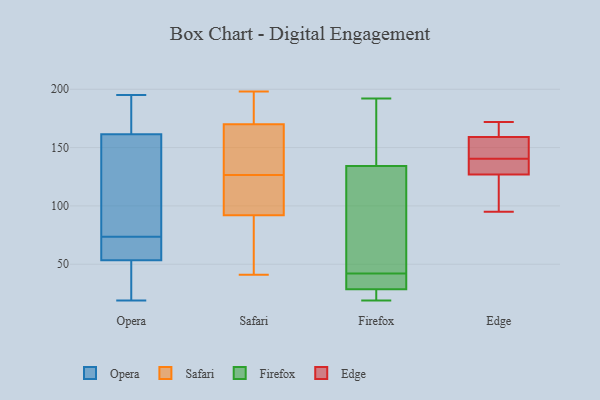
{"axis": {"x": "Budget (USD K)", "y": "Value"}, "legend": ["Edge", "Firefox", "Opera", "Safari"], "data": [{"x": "", "y": 51, "type": "Opera"}, {"x": "", "y": 19, "type": "Opera"}, {"x": "", "y": 191, "type": "Opera"}, {"x": "", "y": 166, "type": "Opera"}, {"x": "", "y": 195, "type": "Opera"}, {"x": "", "y": 157, "type": "Opera"}, {"x": "", "y": 51, "type": "Opera"}, {"x": "", "y": 56, "type": "Opera"}, {"x": "", "y": 70, "type": "Opera"}, {"x": "", "y": 81, "type": "Opera"}, {"x": "", "y": 69, "type": "Opera"}, {"x": "", "y": 65, "type": "Opera"}, {"x": "", "y": 24, "type": "Opera"}, {"x": "", "y": 77, "type": "Opera"}, {"x": "", "y": 70, "type": "Opera"}, {"x": "", "y": 41, "type": "Opera"}, {"x": "", "y": 156, "type": "Opera"}, {"x": "", "y": 176, "type": "Opera"}, {"x": "", "y": 190, "type": "Opera"}, {"x": "", "y": 82, "type": "Opera"}, {"x": "", "y": 127, "type": "Safari"}, {"x": "", "y": 162, "type": "Safari"}, {"x": "", "y": 125, "type": "Safari"}, {"x": "", "y": 97, "type": "Safari"}, {"x": "", "y": 41, "type": "Safari"}, {"x": "", "y": 92, "type": "Safari"}, {"x": "", "y": 198, "type": "Safari"}, {"x": "", "y": 192, "type": "Safari"}, {"x": "", "y": 69, "type": "Safari"}, {"x": "", "y": 84, "type": "Safari"}, {"x": "", "y": 170, "type": "Safari"}, {"x": "", "y": 150, "type": "Safari"}, {"x": "", "y": 85, "type": "Safari"}, {"x": "", "y": 194, "type": "Safari"}, {"x": "", "y": 165, "type": "Safari"}, {"x": "", "y": 126, "type": "Safari"}, {"x": "", "y": 105, "type": "Safari"}, {"x": "", "y": 170, "type": "Safari"}, {"x": "", "y": 42, "type": "Firefox"}, {"x": "", "y": 192, "type": "Firefox"}, {"x": "", "y": 159, "type": "Firefox"}, {"x": "", "y": 60, "type": "Firefox"}, {"x": "", "y": 59, "type": "Firefox"}, {"x": "", "y": 40, "type": "Firefox"}, {"x": "", "y": 25, "type": "Firefox"}, {"x": "", "y": 19, "type": "Firefox"}, {"x": "", "y": 39, "type": "Firefox"}, {"x": "", "y": 192, "type": "Firefox"}, {"x": "", "y": 24, "type": "Firefox"}, {"x": "", "y": 95, "type": "Edge"}, {"x": "", "y": 147, "type": "Edge"}, {"x": "", "y": 149, "type": "Edge"}, {"x": "", "y": 111, "type": "Edge"}, {"x": "", "y": 172, "type": "Edge"}, {"x": "", "y": 159, "type": "Edge"}, {"x": "", "y": 127, "type": "Edge"}, {"x": "", "y": 134, "type": "Edge"}, {"x": "", "y": 166, "type": "Edge"}, {"x": "", "y": 131, "type": "Edge"}]}